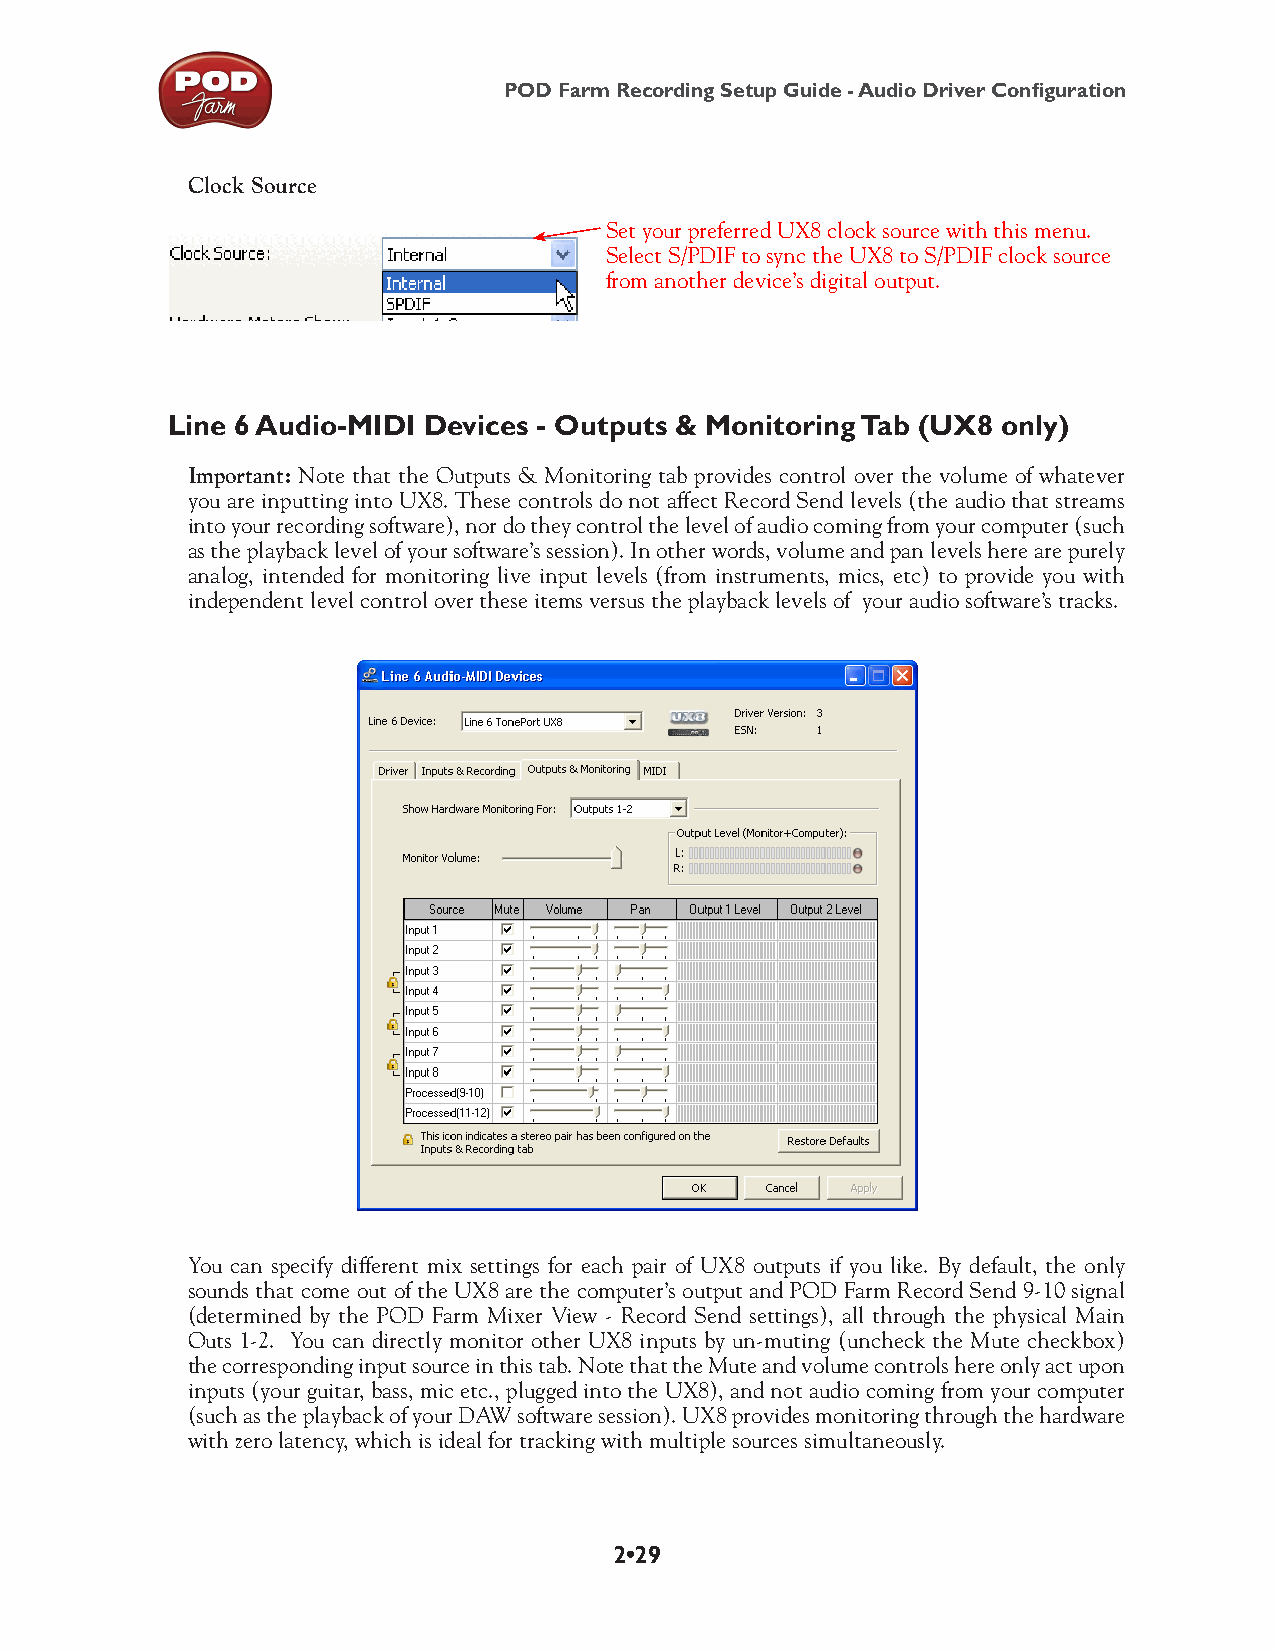
POD Farm Recording Setup Guide - Audio Driver Configuration
 Clock Source
 Set your preferred UX8 clock source with this menu.
 Select S/PDIF to sync the UX8 to S/PDIF clock source
 from another device’s digital output.
 Line 6 Audio-MIDI Devices - Outputs & Monitoring Tab (UX8 only)
 Important: Note that the Outputs & Monitoring tab provides control over the volume of whatever
 you are inputting into UX8. These controls do not affect Record Send levels (the audio that streams
 into your recording software), nor do they control the level of audio coming from your computer (such
 as the playback level of your software’s session). In other words, volume and pan levels here are purely
 analog, intended for monitoring live input levels (from instruments, mics, etc) to provide you with
 independent level control over these items versus the playback levels of your audio software’s tracks.
 You can specify different mix settings for each pair of UX8 outputs if you like. By default, the only
 sounds that come out of the UX8 are the computer’s output and POD Farm Record Send 9-10 signal
 (determined by the POD Farm Mixer View - Record Send settings), all through the physical Main
 Outs 1-2. You can directly monitor other UX8 inputs by un-muting (uncheck the Mute checkbox)
 the corresponding input source in this tab. Note that the Mute and volume controls here only act upon
 inputs (your guitar, bass, mic etc., plugged into the UX8), and not audio coming from your computer
 (such as the playback of your DAW software session). UX8 provides monitoring through the hardware
 with zero latency, which is ideal for tracking with multiple sources simultaneously.
 2•29